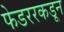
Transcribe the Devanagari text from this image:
फेडररकडून